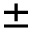
\pm